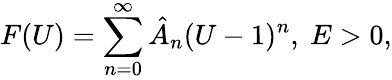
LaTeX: F(U)=\sum_{n=0}^{\infty}\hat{A}_{n}(U-1)^{n},~E>0,